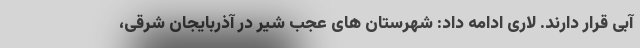
آبی قرار دارند. لاری ادامه داد: شهرستان های عجب شیر در آذربایجان شرقی،